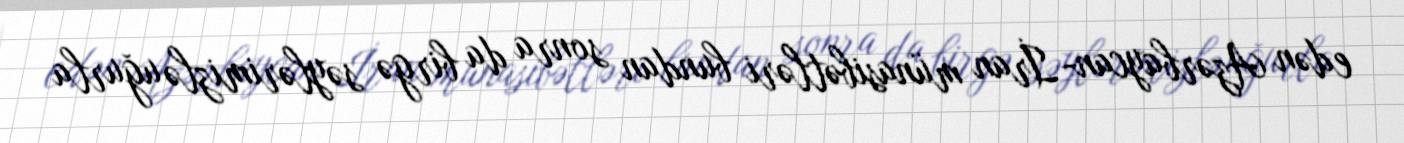
edən Azərbaycan-İran münasibətləri bundan sonra da birgə səylərimizlə uğurla